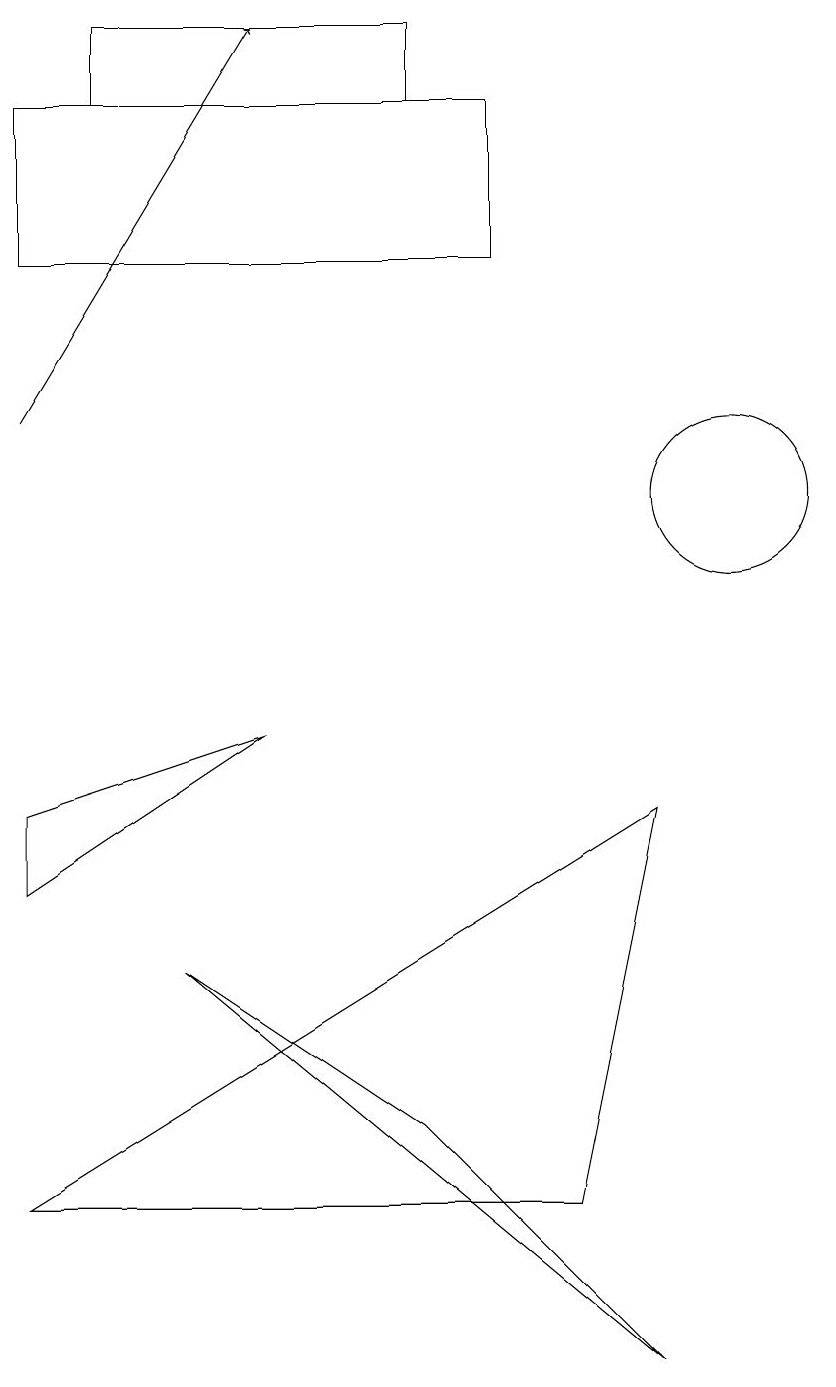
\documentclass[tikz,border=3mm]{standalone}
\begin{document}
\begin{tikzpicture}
\draw (9,0) -- (3,5) -- (6,3) -- cycle;
\draw (2,16) rectangle (6,17);
\draw (1,14) rectangle (7,16);
\draw (4,8) -- (1,6) -- (1,7) -- cycle;
\draw (9,7) -- (8,2) -- (1,2) -- cycle;
\draw (10,11) circle (1);
\draw[->] (1,12) -- (4,17);
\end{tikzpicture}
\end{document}